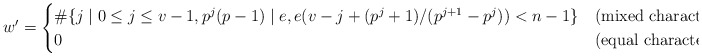
\begin{align*} w' = \begin{cases} \# \{ j \mid 0\leq j \leq v-1, p^j(p-1) \mid e, e (v-j + (p^j+1) / (p^{j+1}-p^j)) < n-1 \} & \textrm{(mixed characteristic)} \\ 0 & \textrm{(equal characteristic)}.\end{cases} \end{align*}